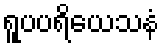
ရူပပရိယေသနံ